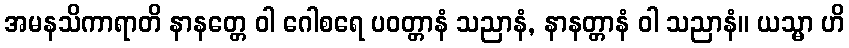
အမနသိကာရာတိ နာနတ္တေ ဝါ ဂေါစရေ ပဝတ္တာနံ သညာနံ, နာနတ္တာနံ ဝါ သညာနံ။ ယသ္မာ ဟိ